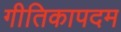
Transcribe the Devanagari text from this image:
गीतिकापदम